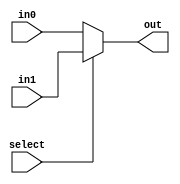
module mux2_32(out, select, in0, in1);
    input select;
    input [31:0] in0, in1;
    output [31:0] out;
    assign out = select ? in1 : in0;
endmodule